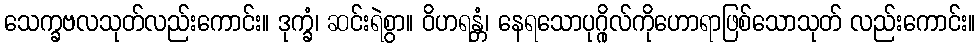
သေက္ခဗလသုတ်လည်းကောင်း။ ဒုက္ခံ၊ ဆင်းရဲစွာ။ ဝိဟရန္တံ၊ နေရသောပုဂ္ဂိုလ်ကိုဟောရာဖြစ်သောသုတ် လည်းကောင်း။